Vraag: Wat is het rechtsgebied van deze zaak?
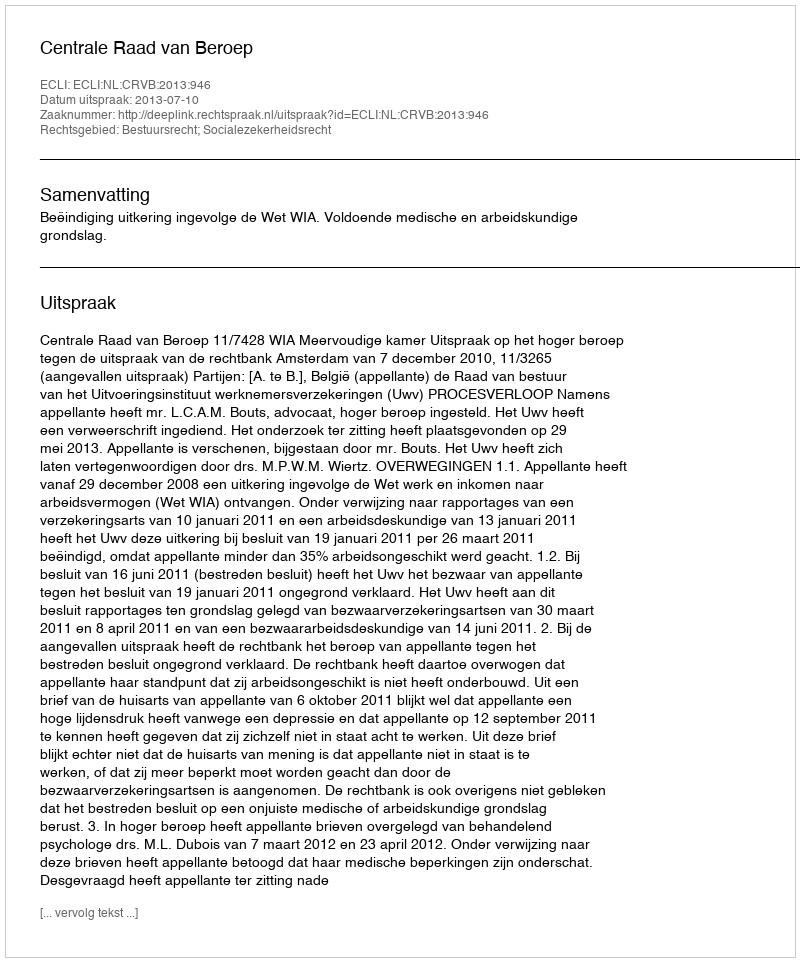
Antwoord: Bestuursrecht; Socialezekerheidsrecht